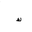
Letter: _kaf